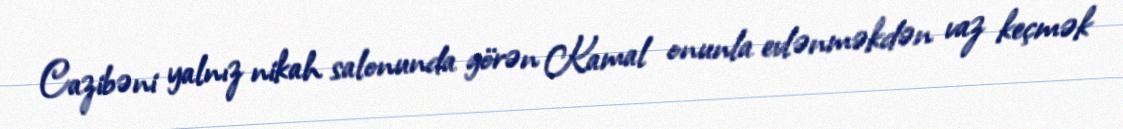
Cazibəni yalnız nikah salonunda görən Kamal onunla evlənməkdən vaz keçmək